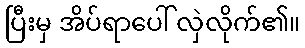
ပြီးမှ အိပ်ရာပေါ် လှဲလိုက်၏။